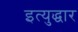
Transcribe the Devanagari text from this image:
इत्युद्धार